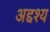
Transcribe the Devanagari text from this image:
अद्दश्य